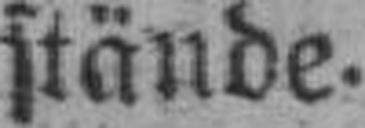
stände.